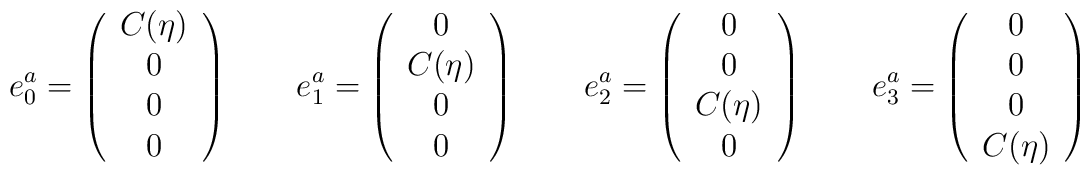
e_0^a =\left(\begin{array}{c}C(\eta)\\ 0\\ 0\\ 0\end{array}\right)    \qquad e_1^a=\left(\begin{array}{c}0\\ C(\eta)\\ 0\\ 0\end{array}\right)    \qquad e_2^a=\left(\begin{array}{c}0\\ 0\\ C(\eta)\\ 0\end{array}\right)    \qquad e_3^a=\left(\begin{array}{c}0\\ 0\\ 0\\ C(\eta)\end{array}\right)